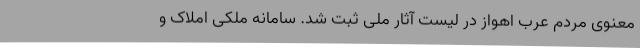
معنوی مردم عرب اهواز در لیست آثار ملی ثبت شد. سامانه ملکی املاک و